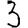
Digit: 3